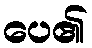
ပေ၏